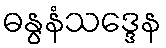
ဓနွနံသဒ္ဒေန